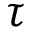
\tau